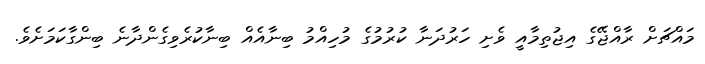
މައްޗަށް ރާއްޖޭގެ އިޖުތިމާއީ ވެށި ހަރުދަނާ ކުރުމުގެ މުހިއްމު ބިނާއެއް ބިނާކުރެވިގެންދާނެ ބިންގާކަމަށެވެ.